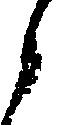
候